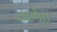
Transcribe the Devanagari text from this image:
कटेगा।